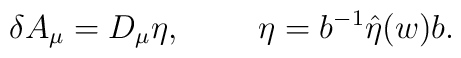
\delta A_\mu = D_\mu \eta,  \ \ \ \ \ \ \  \eta=b^{-1} \hat \eta(w) b.